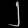
Digit: ၂